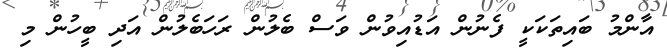
އާންމު ބައިތަކަކީ ފެނުން އަޑުއިވުން ވަސް ބެލުން ރަހަބެލުން އަދި ބީހުން މި